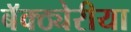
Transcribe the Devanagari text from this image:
बॅक्ठ्येरीया